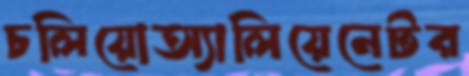
চলিয়োঅ্যালিয়েনেটর